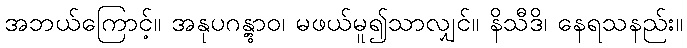
အဘယ်ကြောင့်။ အနုပဂန္တွာဝ၊ မဖယ်မူ၍သာလျှင်။ နိသီဒိ၊ နေရသနည်း။